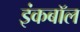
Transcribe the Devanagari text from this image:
इंकबॉल